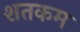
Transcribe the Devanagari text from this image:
शतकम